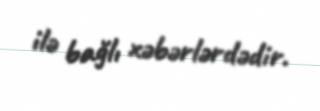
ilə bağlı xəbərlərdədir.